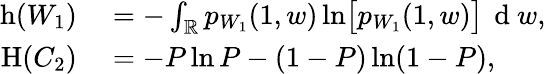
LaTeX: \begin{array}{rl}{\operatorname{h}(W_{1})}&{{}=-\int_{\mathbb{R}}p_{W_{1}}(1,w)\ln\bigl[p_{W_{1}}(1,w)\bigr]\, \mathrm{~d~}w,}\\ {\operatorname{H}(C_{2})}&{{}=-P\ln P-(1-P)\ln(1-P),}\end{array}